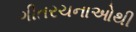
ગીતરચનાઓથી